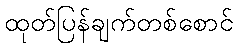
ထုတ်ပြန်ချက်တစ်စောင်